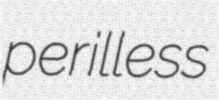
perilless